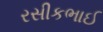
રસીકભાઈ